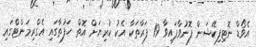
އެވޯޑް ނޮޓިފިކޭޝަން ފޮނުވާފައިވާ 19 ފަރާތަކާ އެކު ކުރިޔަށް އޮތް ހަފުތާގައި އެގްރިމަންޓްގައި